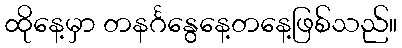
ထိုနေ့မှာ တနင်္ဂနွေနေ့တနေ့ဖြစ်သည်။